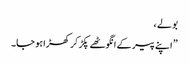
بولے ،
” اپنے پیر کے انگوٹھے پکڑ کر کھڑا ہو جا۔